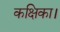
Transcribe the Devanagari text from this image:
कक्षिका।